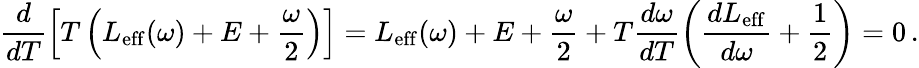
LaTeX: \frac{d}{dT}\left[T\left(L_{\mathrm{eff}}(\omega)+E+\frac{\omega}{2}\right)\right]=L_{\mathrm{eff}}(\omega)+E+\frac{\omega}{2}+T\frac{d\omega}{dT}\left(\frac{dL_{\mathrm{eff}}}{d\omega}+\frac{1}{2}\right)=0\, .